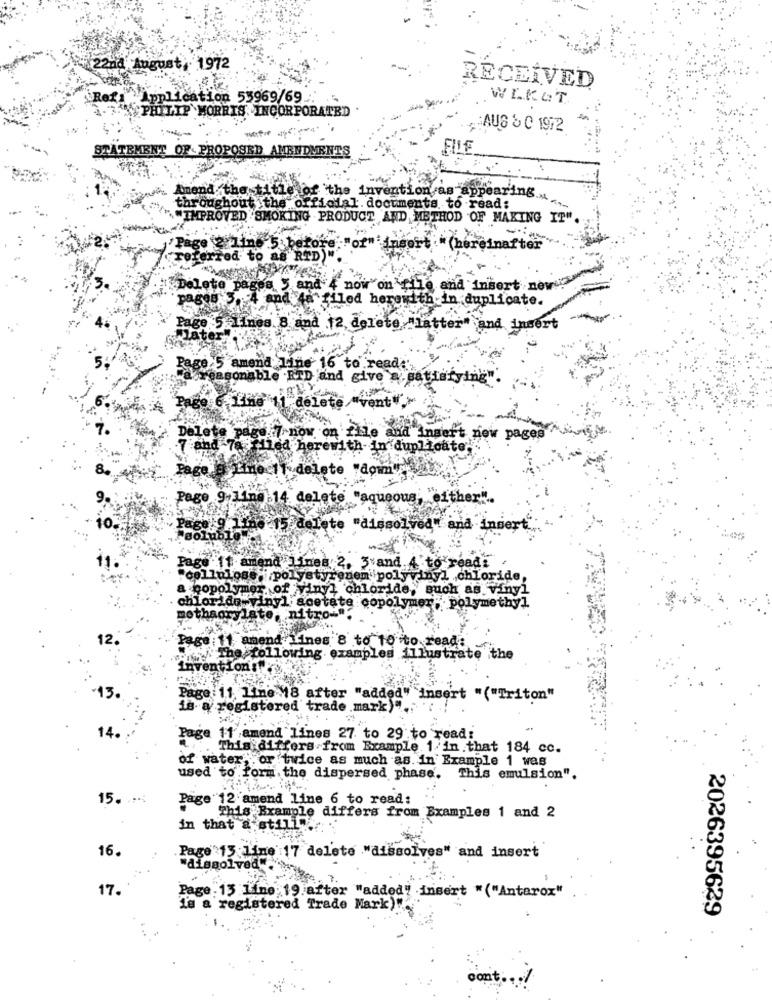
22nd August, 1972
RECEIVED
Ref: Application 53969/69
WLKAT
PHILIP MORRIS INCORPORATED
AUS & C 1972
ATEMENT OF PROPOSED AMENDMENTS
Amend the title of the invention as appearing ...
throughoutthe official. documents to read:
"IMPROVED SMOKING PRODUCT AND METHOD OF MAKING IT"
insert
* (hereinafter
red to
Lete
now on
le and insert new""
filed herewith in duplicate.
Page :5
nes. 8 and 12, delete, "latter" and insert
Page 5 amend li
to read.'
easonable RTD and give a satisfying"
age 6, 11ne
delete
vent"
Delete pa
naert new pages
7-and 78
her
1th-in duplicate}
PB
Line .1
dele
te
down
Page 9-11ne 14 delete "aqueous, either".
Pag
te
dissolved" and insert
Page .if amend'
8 2. 3 and 4 to read:
"cellulose- polystyrenem polyvinyl chloride,
a copoly
of
inyl chloride, such as vinyi
chloride-yinyl acetate copolymer" polymethyl
mothagrylat
12.
Page :11 amend Lines 8 to 10 to read:
The following examples illustrate the
inventions!
Page: 11 line .18 after "added" insert "("Triton"
is a registered trademark)"
14.
Page 11 amend lines 27 to 29 to read:
This differs from Example 1/in.that 184 cc.
of water, or twice as much as. in Example 1 was
used to form the dispersed phase. This emulsion".
15.
Page 12 amend line 6 to read:
in that a st11
This Example differs from Examples 1 and 2
16.
Page'13 lime 17 delete "dissolves" and insert
"dissolved"
17.
Page. 13 Line 19 after "added" insert " ("Antarox"
is a registered Trade Mark)".
2026395629